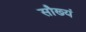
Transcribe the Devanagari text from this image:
सौख्यं